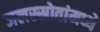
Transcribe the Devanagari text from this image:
जलस्स्रोतांमध्ये